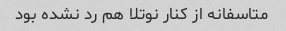
متاسفانه از کنار نوتلا هم رد نشده بود